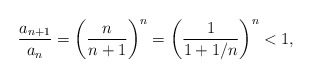
\begin{align*}\frac{a_{n+1}}{a_n} = \left(\frac{n}{n+1}\right)^n = \left(\frac{1}{1+1/n}\right)^n < 1,\end{align*}